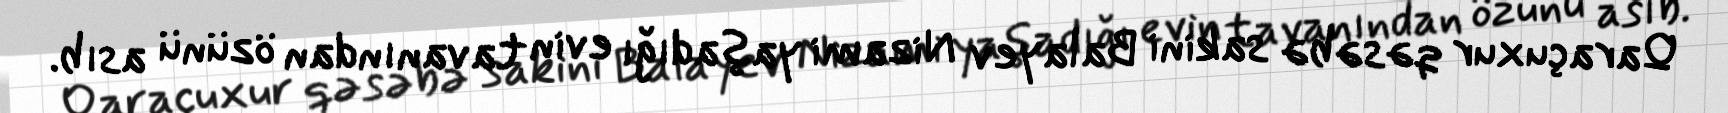
Qaraçuxur qəsəbə sakini Balayev Nizami yaşadığı evin tavanından özünü asıb.